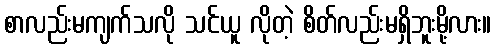
စာလည်းမကျက်သလို သင်ယူ လိုတဲ့ စိတ်လည်းမရှိဘူးမို့လား။